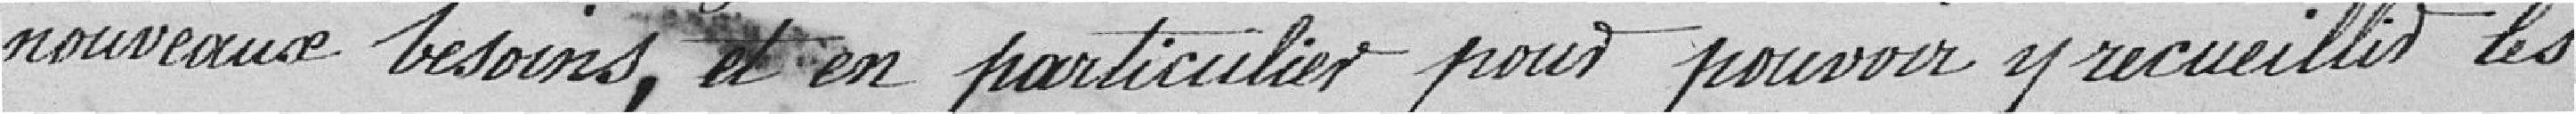
nouveaux besoins, et en particulier pour pouvoir y accueillir les